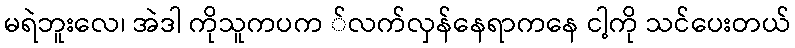
မရဲဘူးလေ၊ အဲဒါ ကိုသူကပက ်လက်လှန်နေရာကနေ ငါ့ကို သင်ပေးတယ်